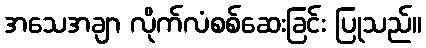
အသေအချာ လိုက်လံစစ်ဆေးခြင်း ပြုသည်။